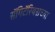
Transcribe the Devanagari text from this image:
सॅगिटॅरियसच्या